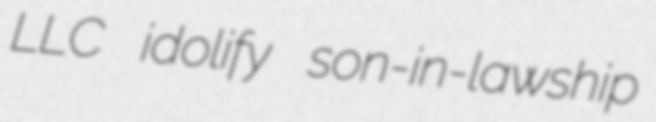
LLC idolify son-in-lawship